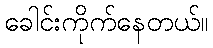
ခေါင်းကိုက်နေတယ်။